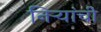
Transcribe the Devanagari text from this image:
निर्‍यांची